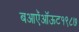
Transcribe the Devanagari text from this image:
बआऍऑऊट१९८७